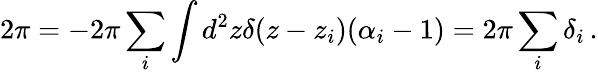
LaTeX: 2\pi=-2\pi\sum_{i}\int d^{2}z\delta(z-z_{i})(\alpha_{i}-1)=2\pi\sum_{i}\delta_{i}\, .